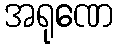
အရုဏေ